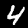
Digit: 4